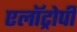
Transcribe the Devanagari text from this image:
एलॉट्रोपी